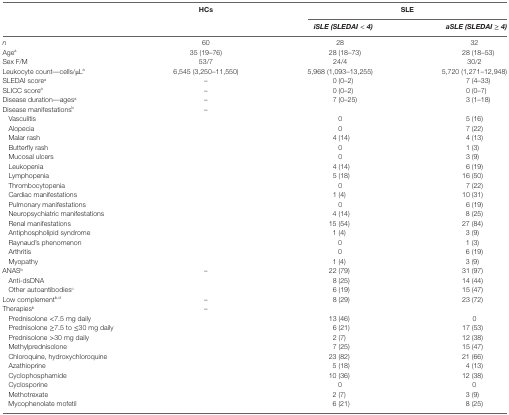
<table><thead><tr><td>[EMPTY_CELL]</td><td><b>HCs</b></td><td colspan="2"><b>SLE</b></td></tr><tr><td>[EMPTY_CELL]</td><td>[EMPTY_CELL]</td><td><b><i>iSLE (SLEDAI</i> &lt; <i>4)</i></b></td><td><b><i>aSLE (SLEDAI</i> ≥ <i>4)</i></b></td></tr></thead><tbody><tr><td><i>n</i></td><td>60</td><td>28</td><td>32</td></tr><tr><td>Age<sup>a</sup></td><td>35 (19–76)</td><td>28 (18–73)</td><td>28 (18–53)</td></tr><tr><td>Sex F/M</td><td>53/7</td><td>24/4</td><td>30/2</td></tr><tr><td>Leukocyte count––cells/μL<sup>a</sup></td><td>6,545 (3,250–11,550)</td><td>5,968 (1,093–13,255)</td><td>5,720 (1,271–12,948)</td></tr><tr><td>SLEDAI score<sup>a</sup></td><td>–</td><td>0 (0–2)</td><td>7 (4–33)</td></tr><tr><td>SLICC score<sup>a</sup></td><td>–</td><td>0 (0–2)</td><td>0 (0–7)</td></tr><tr><td>Disease duration––ages<sup>a</sup></td><td>–</td><td>7 (0–25)</td><td>3 (1–18)</td></tr><tr><td>Disease manifestations<sup>b</sup></td><td>–</td><td>[EMPTY_CELL]</td><td>[EMPTY_CELL]</td></tr><tr><td> Vasculitis</td><td>[EMPTY_CELL]</td><td>0</td><td>5 (16)</td></tr><tr><td> Alopecia</td><td>[EMPTY_CELL]</td><td>0</td><td>7 (22)</td></tr><tr><td> Malar rash</td><td>[EMPTY_CELL]</td><td>4 (14)</td><td>4 (13)</td></tr><tr><td> Butterfly rash</td><td>[EMPTY_CELL]</td><td>0</td><td>1 (3)</td></tr><tr><td> Mucosal ulcers</td><td>[EMPTY_CELL]</td><td>0</td><td>3 (9)</td></tr><tr><td> Leukopenia</td><td>[EMPTY_CELL]</td><td>4 (14)</td><td>6 (19)</td></tr><tr><td> Lymphopenia</td><td>[EMPTY_CELL]</td><td>5 (18)</td><td>16 (50)</td></tr><tr><td> Thrombocytopenia</td><td>[EMPTY_CELL]</td><td>0</td><td>7 (22)</td></tr><tr><td> Cardiac manifestations</td><td>[EMPTY_CELL]</td><td>1 (4)</td><td>10 (31)</td></tr><tr><td> Pulmonary manifestations</td><td>[EMPTY_CELL]</td><td>0</td><td>6 (19)</td></tr><tr><td> Neuropsychiatric manifestations</td><td>[EMPTY_CELL]</td><td>4 (14)</td><td>8 (25)</td></tr><tr><td> Renal manifestations</td><td>[EMPTY_CELL]</td><td>15 (54)</td><td>27 (84)</td></tr><tr><td> Antiphospholipid syndrome</td><td>[EMPTY_CELL]</td><td>1 (4)</td><td>3 (9)</td></tr><tr><td> Raynaud’s phenomenon</td><td>[EMPTY_CELL]</td><td>0</td><td>1 (3)</td></tr><tr><td> Arthritis</td><td>[EMPTY_CELL]</td><td>0</td><td>6 (19)</td></tr><tr><td> Myopathy</td><td>[EMPTY_CELL]</td><td>1 (4)</td><td>3 (9)</td></tr><tr><td>ANAS<sup>b</sup></td><td>–</td><td>22 (79)</td><td>31 (97)</td></tr><tr><td> Anti-dsDNA</td><td>[EMPTY_CELL]</td><td>8 (25)</td><td>14 (44)</td></tr><tr><td> Other autoantibodies<sup>c</sup></td><td>[EMPTY_CELL]</td><td>6 (19)</td><td>15 (47)</td></tr><tr><td>Low complement<sup>b,d</sup></td><td>–</td><td>8 (29)</td><td>23 (72)</td></tr><tr><td>Therapies<sup>b</sup></td><td>–</td><td>[EMPTY_CELL]</td><td>[EMPTY_CELL]</td></tr><tr><td> Prednisolone &lt;7.5 mg daily</td><td>[EMPTY_CELL]</td><td>13 (46)</td><td>0</td></tr><tr><td colspan="2"> Prednisolone ≥7.5 to ≤30 mg daily</td><td>6 (21)</td><td>17 (53)</td></tr><tr><td> Prednisolone &gt;30 mg daily</td><td>[EMPTY_CELL]</td><td>2 (7)</td><td>12 (38)</td></tr><tr><td> Methylprednisolone</td><td>[EMPTY_CELL]</td><td>7 (25)</td><td>15 (47)</td></tr><tr><td colspan="2"> Chloroquine, hydroxychloroquine</td><td>23 (82)</td><td>21 (66)</td></tr><tr><td> Azathioprine</td><td>[EMPTY_CELL]</td><td>5 (18)</td><td>4 (13)</td></tr><tr><td> Cyclophosphamide</td><td>[EMPTY_CELL]</td><td>10 (36)</td><td>12 (38)</td></tr><tr><td> Cyclosporine</td><td>[EMPTY_CELL]</td><td>0</td><td>0</td></tr><tr><td> Methotrexate</td><td>[EMPTY_CELL]</td><td>2 (7)</td><td>3 (9)</td></tr><tr><td> Mycophenolate mofetil</td><td>[EMPTY_CELL]</td><td>6 (21)</td><td>8 (25)</td></tr></tbody></table>